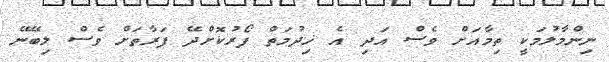
ނިންމާލުމަކީ ތިމާއަށް ވެސް އަދި އެ ޚިދުމަތް ފޯރުކޮށްދޭ ފަރާތަށް ވެސް ލިބޭނޭ